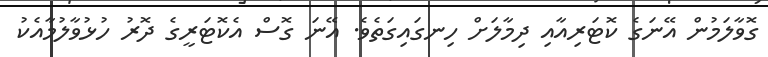
ގޮވާލަމުން އޭނަގެ ކޮޓަރިއާއި ދިމާލަށް ހިނގައިގަތެވެ. އޭނަ ގޮސް އެކޮޓަރީގެ ދޮރު ހުޅުވާލުމާއެކު